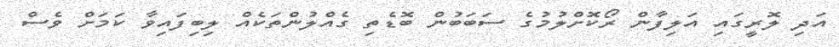
އަދި ލޮރީގައި އަލިފާން ރޯކޮށްލުމުގެ ސަބަބުން ބޮޑެތި ގެއްލުންތަކެއް ލިބިފައިވާ ކަމަށް ވެސް